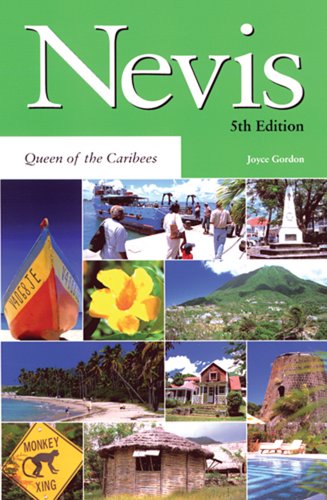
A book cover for Nevis Queen of the Caribees (Macmillan Caribbean Guides); Joyce Gordon; Travel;